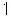
1